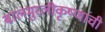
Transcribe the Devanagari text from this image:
बालमुरलीकृष्णांची